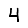
Digit: 4